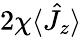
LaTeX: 2\chi\langle\hat{J}_{z}\rangle